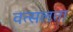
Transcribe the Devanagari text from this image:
वत्सलता